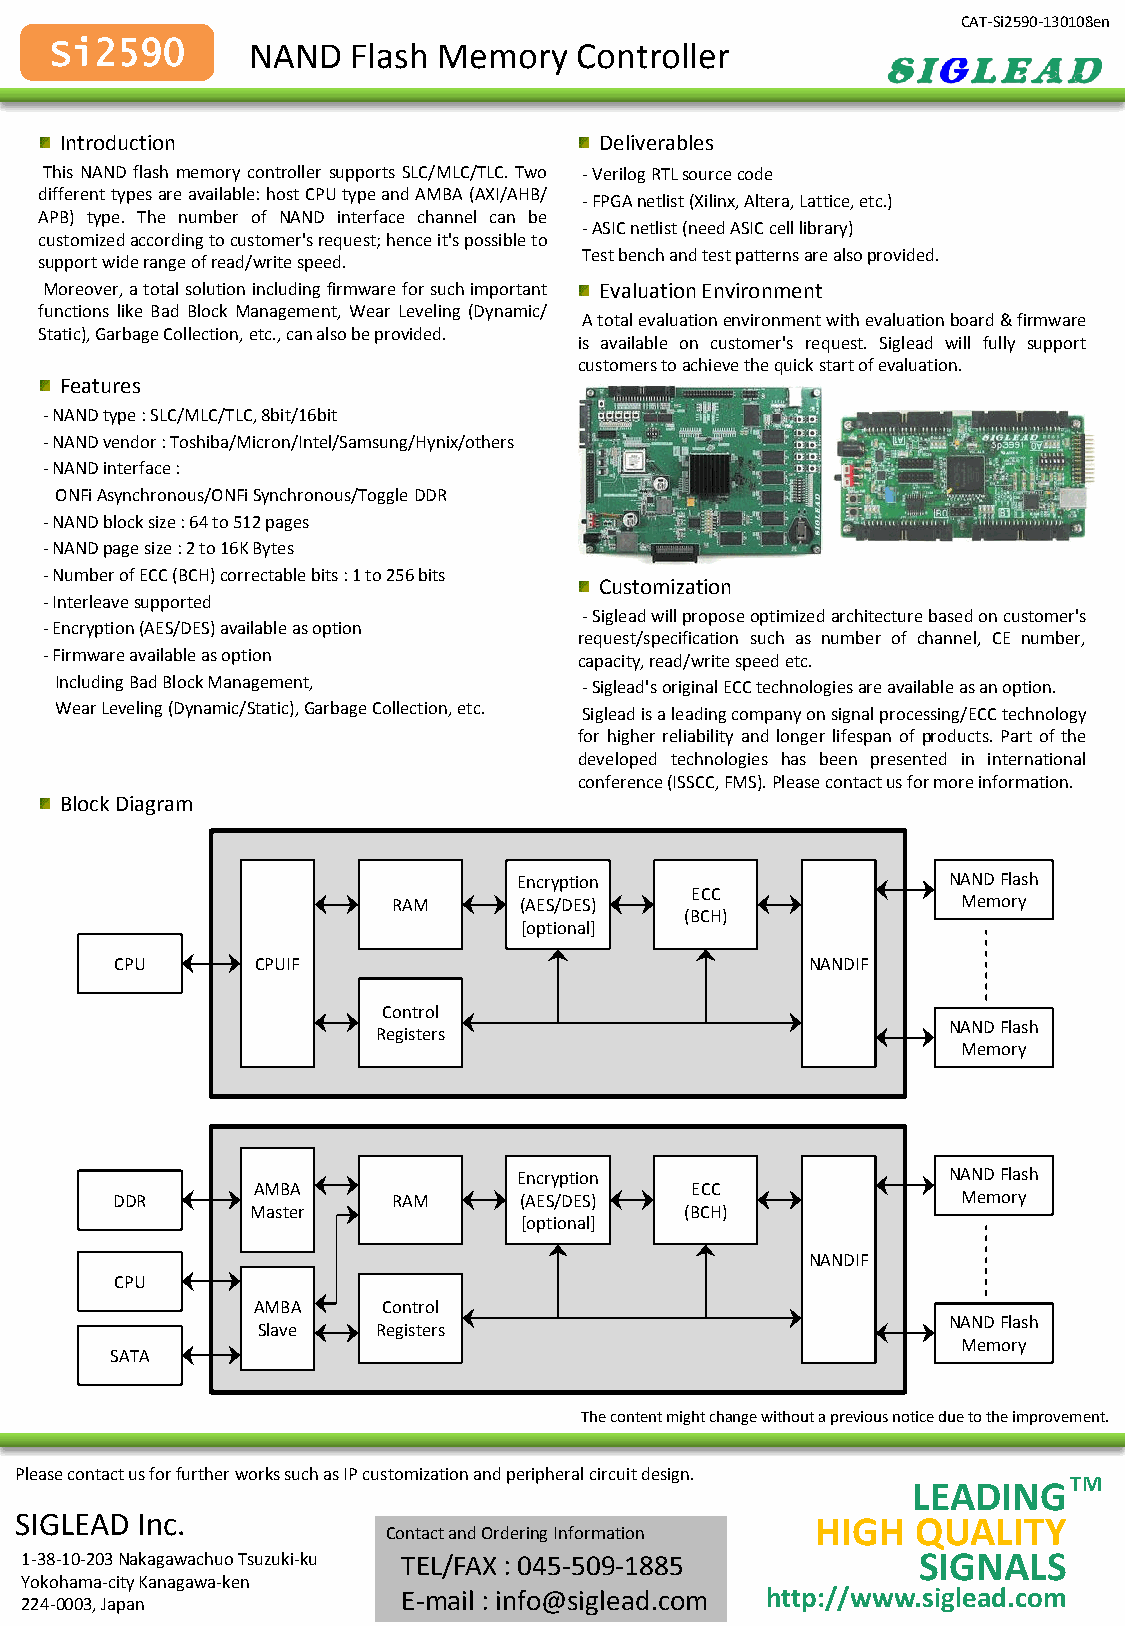
CAT-Si2590-130108en
 Si2590        NAND  Flash Memory   Controller
 Introduction                        Deliverables
 This NAND flash memory controller supports SLC/MLC/TLC. Two - Verilog RTL source code
 different types are available: host CPU type and AMBA (AXI/AHB/
 - FPGA netlist (Xilinx, Altera, Lattice, etc.)
 APB) type. The number of NAND interface channel can be
 - ASIC netlist (need ASIC cell library)
 customized according to customer's request; hence it's possible to
 Test bench and test patterns are also provided.
 support wide range of read/write speed.
 Moreover, a total solution including firmware for such important Evaluation Environment
 functions like Bad Block Management, Wear Leveling (Dynamic/
 A total evaluation environment with evaluation board & firmware
 Static), Garbage Collection, etc., can also be provided.
 is available on customer's request. Siglead will fully support
 customers to achieve the quick start of evaluation.
 Features
 - NAND type : SLC/MLC/TLC, 8bit/16bit
 - NAND vendor : Toshiba/Micron/Intel/Samsung/Hynix/others
 - NAND interface :
 ONFi Asynchronous/ONFi Synchronous/Toggle DDR
 - NAND block size : 64 to 512 pages
 - NAND page size : 2 to 16K Bytes
 - Number of ECC (BCH) correctable bits : 1 to 256 bits
 Customization
 - Interleave supported
 - Siglead will propose optimized architecture based on customer's
 - Encryption (AES/DES) available as option
 request/specification such as number of channel, CE number,
 - Firmware available as option     capacity, read/write speed etc.
 Including Bad Block Management,    - Siglead's original ECC technologies are available as an option.
 Wear Leveling (Dynamic/Static), Garbage Collection, etc. Siglead is a leading company on signal processing/ECC technology
 for higher reliability and longer lifespan of products. Part of the
 developed technologies has been presented in international
 conference (ISSCC, FMS). Please contact us for more information.
 Block Diagram
 Encryption                   NAND Flash
 ECC
 RAM     (AES/DES)                     Memory
 (BCH)
 [optional]
 CPU      CPUIF                                NANDIF
 Control
 NAND Flash
 Registers
 Memory
 Encryption                   NAND Flash
 AMBA                         ECC
 DDR               RAM     (AES/DES)                     Memory
 Master                      (BCH)
 [optional]
 NANDIF
 CPU
 AMBA    Control
 NAND Flash
 Slave   Registers
 Memory
 SATA
 The content might change without a previous notice due to the improvement.
 Please contact us for further works such as IP customization and peripheral circuit design.
 LEADING    TM
 SIGLEAD Inc.                                         HIGH   QUALITY
 Contact and Ordering Information
 1-38-10-203 Nakagawachuo Tsuzuki-ku TEL/FAX : 045-509-1885  SIGNALS
 Yokohama-city Kanagawa-ken
 E-mail : info@siglead.com http://www.siglead.com
 224-0003, Japan